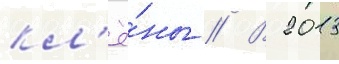
кл'ё́ны // В 2013